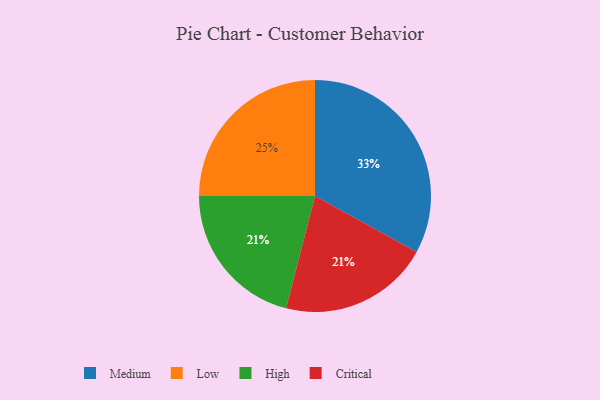
{"axis": {"x": "Category", "y": "Percentage"}, "legend": ["Critical", "High", "Low", "Medium"], "data": [{"x": "Low", "y": 25, "type": "Low"}, {"x": "High", "y": 21, "type": "High"}, {"x": "Critical", "y": 21, "type": "Critical"}, {"x": "Medium", "y": 33, "type": "Medium"}]}